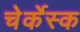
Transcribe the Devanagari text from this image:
चेर्केस्क